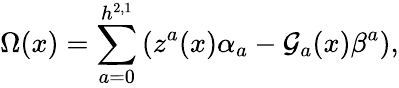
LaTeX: \Omega(x)=\sum_{a=0}^{h^{2,1}}\left(z^{a}(x)\alpha_{a}-{\cal G}_{a}(x)\beta^{a}\right),